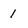
Character: 1